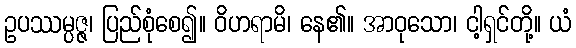
ဥပဿမ္ပဇ္ဇ၊ ပြည်စုံစေ၍။ ဝိဟရာမိ၊ နေ၏။ အာဝုသော၊ ငါ့ရှင်တို့။ ယံ